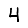
Digit: 4